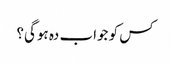
کس کو جواب دہ ہوگی؟